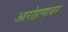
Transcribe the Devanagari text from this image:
आरोहणावर